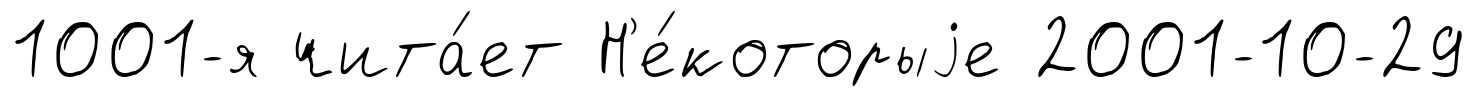
1001-я чита́ет Н'е́которыjе 2001-10-29